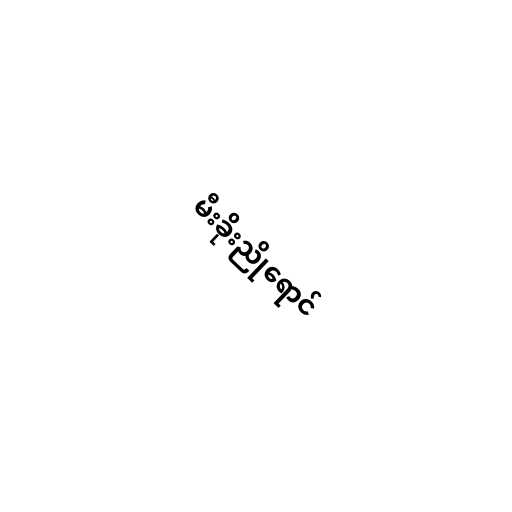
မီးခိုးညိုရောင်